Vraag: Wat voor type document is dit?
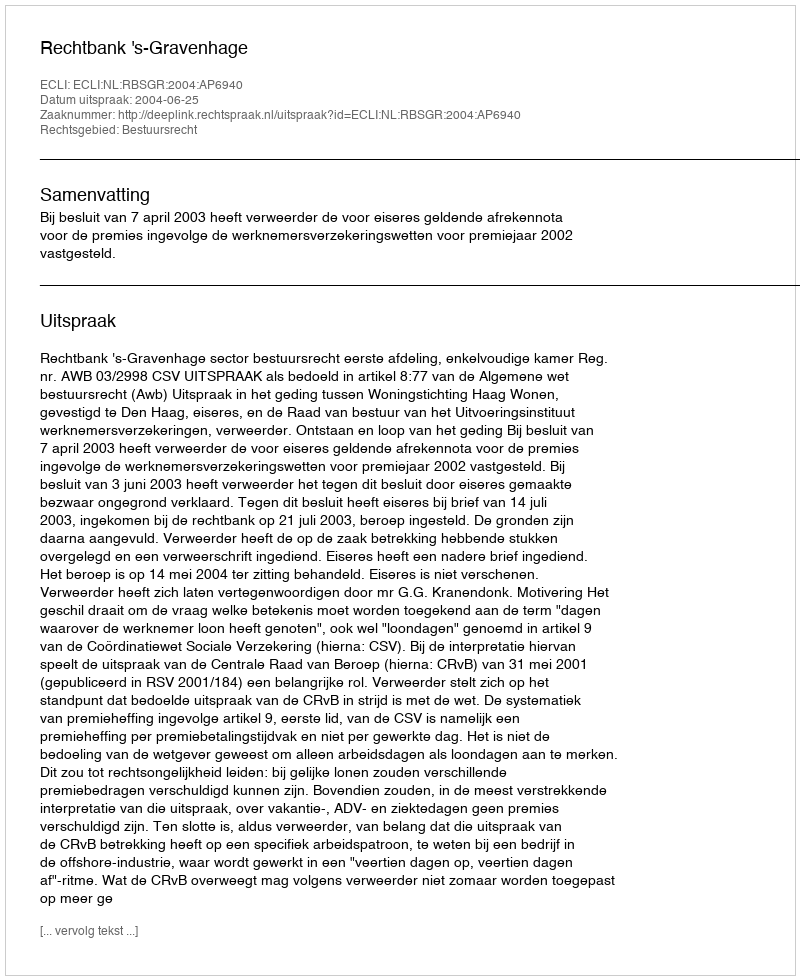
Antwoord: Uitspraak